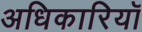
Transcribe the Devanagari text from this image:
अधिकारियॉ